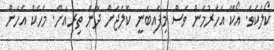
ކޯލެކެވެ. އޯކޭ އަހަރުމެން ވެސް މިފައިބަނީ ކޮލެޖަށް ދާން ތިރިއަށް. މެހެކް އެހެން